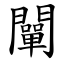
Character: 闡